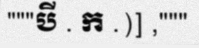
"""បី . ក .)] ,"""